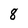
Character: 8